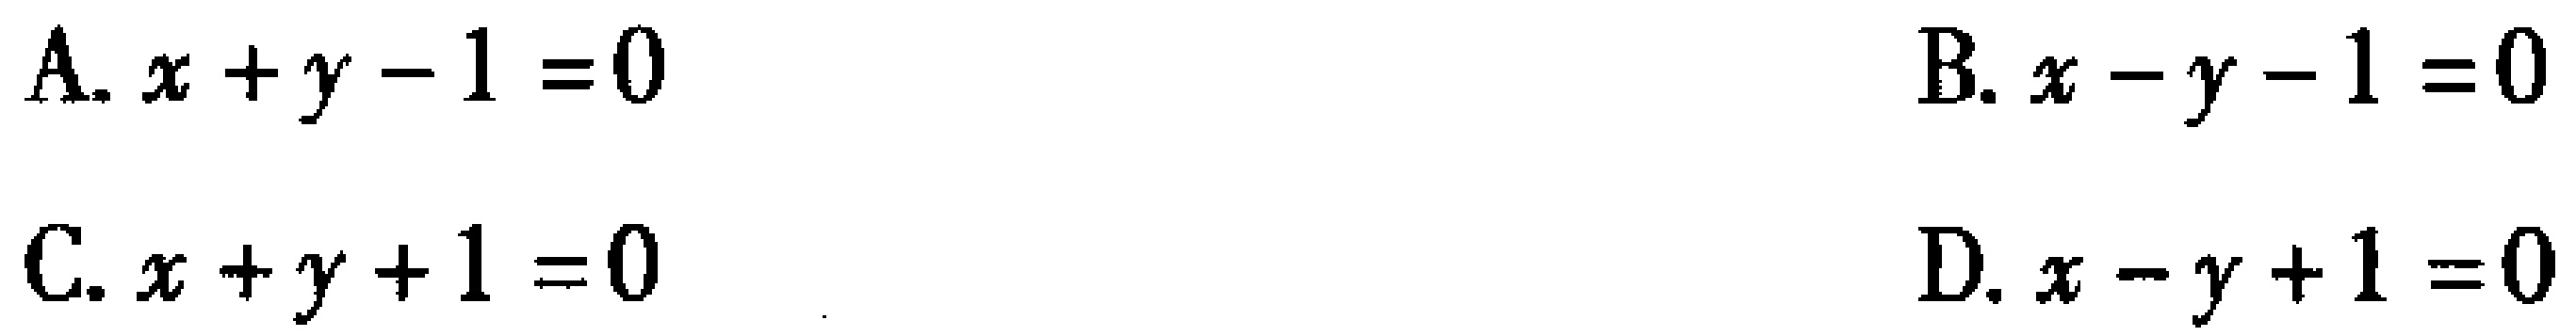
A. \(x + y - 1 = 0\)
B. \(x - y - 1 = 0\)
C. \(x + y + 1 = 0\)
D. \(x - y + 1 = 0\)